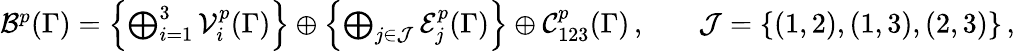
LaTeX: \begin{array}{rlr}{\mathcal{B}^{p}(\Gamma)=\left\{ \bigoplus_{i=1}^{3}\mathcal{V}_{i}^{p}(\Gamma)\right\} \oplus\left\{ \bigoplus_{j\in\mathcal{J}}\mathcal{E}_{j}^{p}(\Gamma)\right\} \oplus\mathcal{C}_{123}^{p}(\Gamma)\, ,}&{}&{\mathcal{J}=\{ (1,2),(1,3),(2,3)\} \, ,}\end{array}